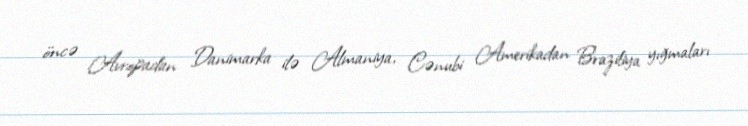
öncə Avropadan Danimarka ilə Almaniya, Cənubi Amerikadan Braziliya yığmaları